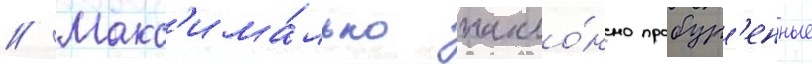
// Макс'има́льно накло́нно пробур'енные